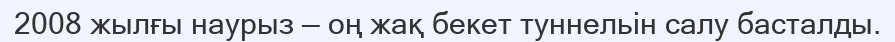
2008 жылғы наурыз — оң жақ бекет туннельін салу басталды.